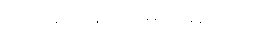
ဘာမျှပြောကြမည်မဟုတ်။